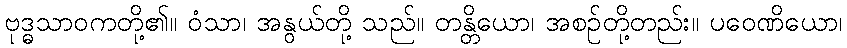
ဗုဒ္ဓသာဝကတို့၏။ ဝံသာ၊ အနွယ်တို့ သည်။ တန္တိယော၊ အစဉ်တို့တည်း။ ပဝေဏိယော၊